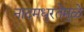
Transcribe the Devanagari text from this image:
नादमधुरतेमुळे